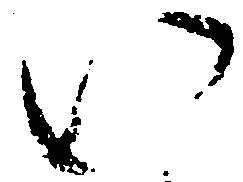
い